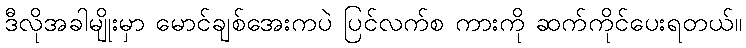
ဒီလိုအခါမျိုးမှာ မောင်ချစ်အေးကပဲ ပြင်လက်စ ကားကို ဆက်ကိုင်ပေးရတယ်။